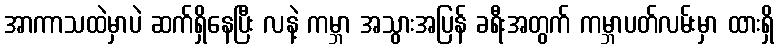
အာကာသထဲမှာပဲ ဆက်ရှိနေပြီး လနဲ့ ကမ္ဘာ အသွားအပြန် ခရီးအတွက် ကမ္ဘာပတ်လမ်းမှာ ထားရှိ